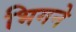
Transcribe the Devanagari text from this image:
भिगने